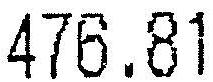
476.81